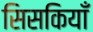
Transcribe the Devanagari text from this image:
सिसकियाँ